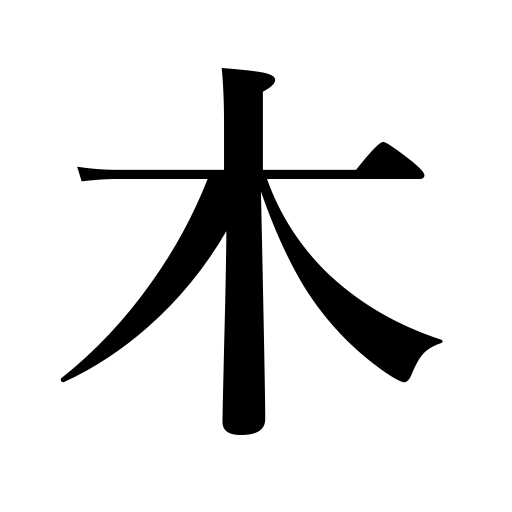
Meanings: tree,wood,Thursday,lumber,timber,wooden clappers